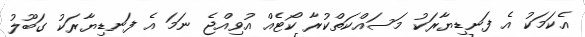
އެކަމަކު އެ ފަނޑިޔާރަކު މަސައްކަތްކުރާ ކޯޓެއް އުވިއްޖެ ނަމަ އެ ފަނޑިޔާރަކު ގަބޫލު